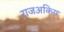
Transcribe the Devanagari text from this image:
राजअकिय